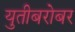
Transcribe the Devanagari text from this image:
युतीबरोबर